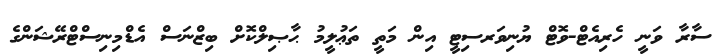
ސާރާ ވަނީ ހެރިއެޓް-ވޮޓް ޔުނިވަރސިޓީ އިން މަތީ ތަޢުލީމު ޙާޞިލްކޮށް ބިޒްނަސް އެޑްމިނިސްޓްރޭޝަންގެ